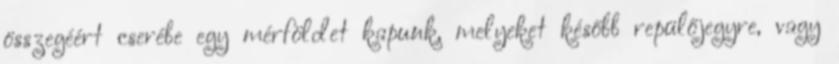
összegéért cserébe egy mérföldet kapunk, melyeket később repülőjegyre, vagy